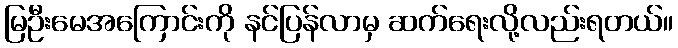
မြဦးမေအကြောင်းကို နင်ပြန်လာမှ ဆက်ရေးလို့လည်းရတယ်။